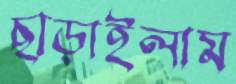
ছাড়াইলাম